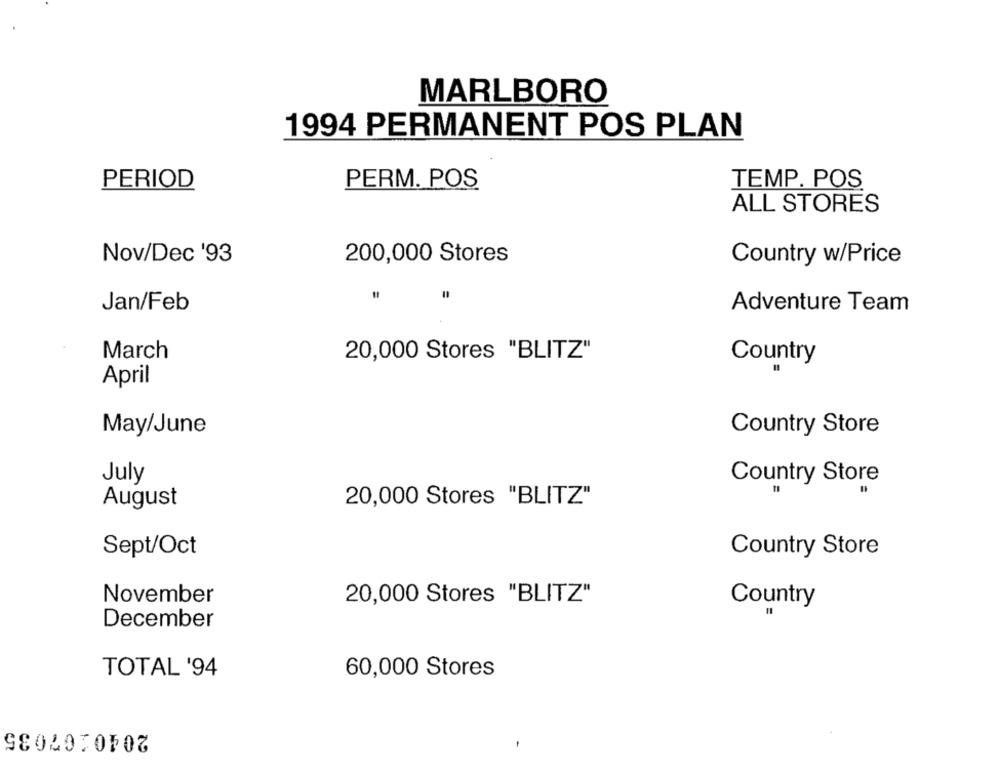
MARLBORO
1994 PERMANENT POS PLAN
PERIOD
PERM. POS
TEMP. POS
ALL STORES
Nov/Dec '93
200,000 Stores
Country w/Price
=
Jan/Feb
Adventure Team
March
20,000 Stores "BLITZ"
Country
April
May/June
Country Store
July
Country Store
August
20,000 Stores "BLITZ"
Sept/Oct
Country Store
November
20,000 Stores "BLITZ"
Country
December
TOTAL '94
60,000 Stores
2040107035